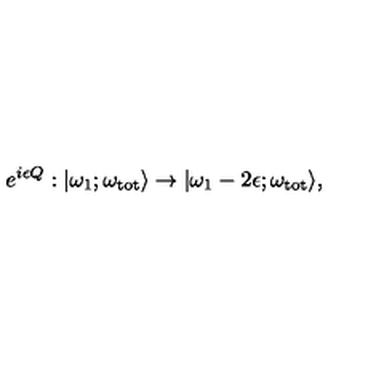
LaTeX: e ^ { i \epsilon Q } : | \omega _ { 1 } ; \omega _ { \mathrm { t o t } } \rangle \to | \omega _ { 1 } - 2 \epsilon ; \omega _ { \mathrm { t o t } } \rangle ,